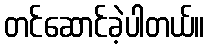
တင်ဆောင်ခဲ့ပါတယ်။